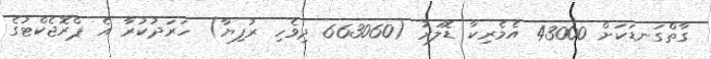
ގާތްގަނޑަކަށް 43000 އެމެރިކާ ޑޮލަރު (663060 ދިވެހި ރުފިޔާ) ހަރަދުކުރާ އެ ޕްރޮޖެކްޓުގެ